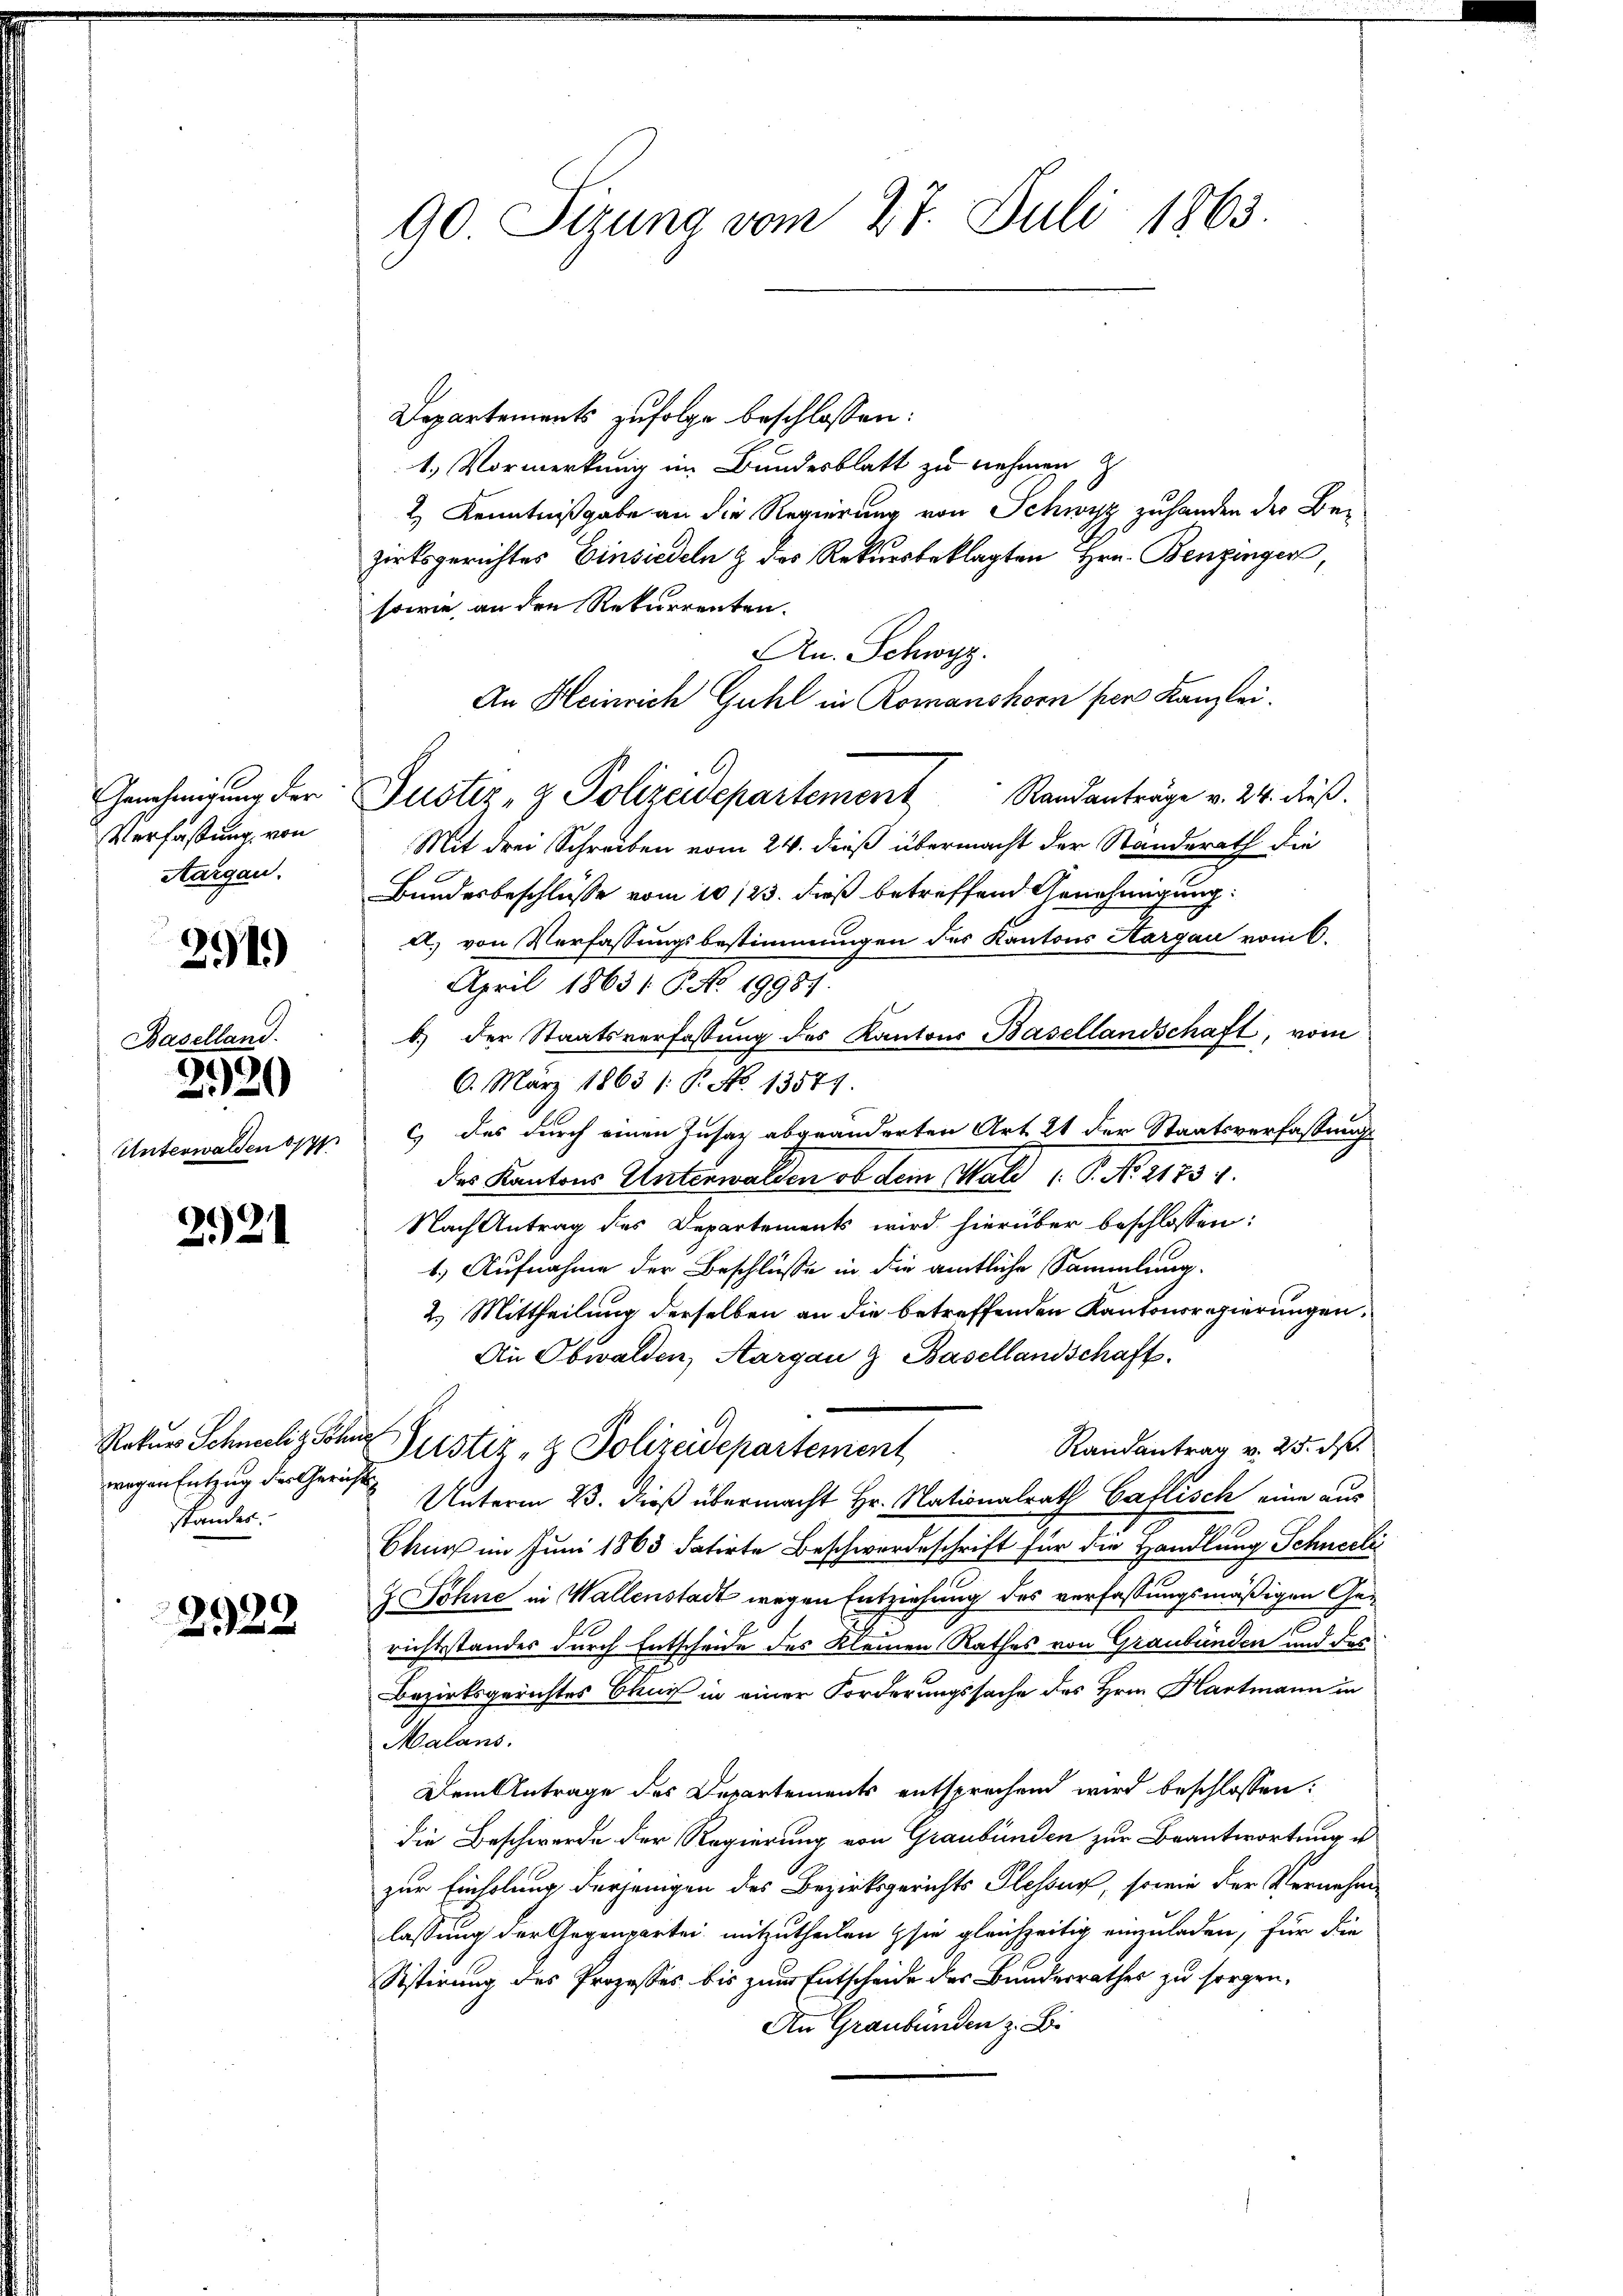
Verfaßung, von
Aargau.

291)

Baselland.

2.20

2921

Departements zufolge beschlossen:
1.) Vormerkung im Bundesblatt zu nehmen z
2) Kenntnißgabe an die Regierung von Schwyz zuhanden der Bezirksgerichtes Einsiedeln & des Rekursbeklagten Hrn. Benzinger,
sowie an den Rekurrenten.
An Schwyz.
An Heinrich Guhl in Romanshorn per Kanzlei.
Genehmigŭng der Justiz- & Polizeidepartement Randanträge v. 24. dieß.
Mit drei Schreiben vom 24. dieß übermacht der Standerath die
Bundesbeschlüsse vom 10. 123. dieß betreffend Genehmigung:
A.) von Verfassungsbestimmungen des Kantons Aargau vom 6.
April 18631. P. No. 19981.
b.) der Staatsverfassung des Kantons Basellandschaft, vom
6. März 1863 /: P. No. 13571.
Unterwalden oppp c) das durch einen Zusaz abgeänderten Art 21 der Staatsverfassungs
das Kantons Unterwalden, ob dem Wald 1. P. No 21731.
Nach Antrag des Departements wird hierüber beschlossen:
1.) Aufnahme der Beschlüsse in die amtliche Sammlung.
2.) Mittheilung derselben an die betreffenden Kantonsregierungen,
An Obwalden, Aargau & Basellandschaft.
Rekurs Schneelig Sohne Justiz & Polizeidepartement
Randantrag v. 25. ds.
Unterm 23. dieß übermacht Hr. Nationalrath Gaflisch eine aus
Chur im Juni 1863 datirte Beschwerdeschrift für die Handlung Schneeli
Z. ohne in Wallenstadt wegen Entziehung des verfaßungsmäßigen Ge¬
6
richtsstandes durch Entscheide des Kleinen Rathes von Graubünden und des
Bezirksgerichtes Chur in einer Forderungssache des Hrn. Hartmann in
Malans.
Dem Antrage des Departements entsprechend wird beschlossen:
die Beschwerde der Regierung von Graubünden zur Beantwortung u
zur Einholung derjenigen des Bezirksgerichts Plessus, sowie der Vernehme
lassung der Gegenpartei mitzutheilen sie gleichzeitig einzuladen, für die
Sistirung des Prozesses bis zum Entscheide des Bundesrathes zu sorgen,
An Graubünden z. B.

wegen Entzug der Gerichts
standes.

2922

90. Sizung vom 27. Juli 1863.